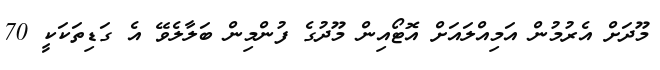
މޫދަށް އެރުމުން އަމިއްލައަށް އޮޓޯއިން މޫދުގެ ފުންމިން ބަލާލެވޭ އެ ގަޑިތަކަކީ 70